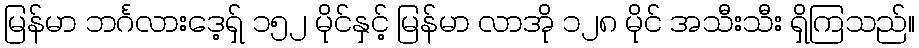
မြန်မာ ဘင်္ဂလားဒေ့ရှ် ၁၅၂ မိုင်နှင့် မြန်မာ လာအို ၁၂၈ မိုင် အသီးသီး ရှိကြသည်။